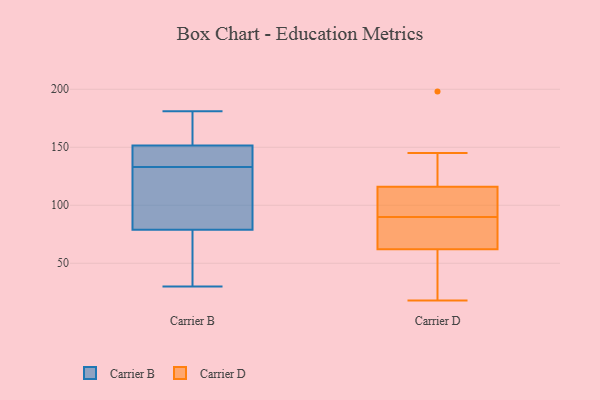
{"axis": {"x": "Tickets Resolved", "y": "Value"}, "legend": ["Carrier B", "Carrier D"], "data": [{"x": "", "y": 148, "type": "Carrier B"}, {"x": "", "y": 181, "type": "Carrier B"}, {"x": "", "y": 111, "type": "Carrier B"}, {"x": "", "y": 177, "type": "Carrier B"}, {"x": "", "y": 30, "type": "Carrier B"}, {"x": "", "y": 112, "type": "Carrier B"}, {"x": "", "y": 155, "type": "Carrier B"}, {"x": "", "y": 136, "type": "Carrier B"}, {"x": "", "y": 47, "type": "Carrier B"}, {"x": "", "y": 130, "type": "Carrier B"}, {"x": "", "y": 43, "type": "Carrier B"}, {"x": "", "y": 139, "type": "Carrier B"}, {"x": "", "y": 116, "type": "Carrier D"}, {"x": "", "y": 69, "type": "Carrier D"}, {"x": "", "y": 115, "type": "Carrier D"}, {"x": "", "y": 107, "type": "Carrier D"}, {"x": "", "y": 64, "type": "Carrier D"}, {"x": "", "y": 95, "type": "Carrier D"}, {"x": "", "y": 145, "type": "Carrier D"}, {"x": "", "y": 97, "type": "Carrier D"}, {"x": "", "y": 85, "type": "Carrier D"}, {"x": "", "y": 48, "type": "Carrier D"}, {"x": "", "y": 54, "type": "Carrier D"}, {"x": "", "y": 50, "type": "Carrier D"}, {"x": "", "y": 62, "type": "Carrier D"}, {"x": "", "y": 198, "type": "Carrier D"}, {"x": "", "y": 18, "type": "Carrier D"}, {"x": "", "y": 84, "type": "Carrier D"}, {"x": "", "y": 116, "type": "Carrier D"}, {"x": "", "y": 117, "type": "Carrier D"}]}